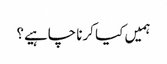
ہمیں کیا کرنا چاہیے؟